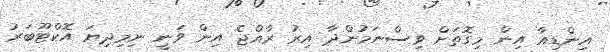
އިންޑިއާ އިން މިގޮތަށް ވިސްނަމުންދާ އިރު ރާއްޖެ އިން ވަނީ ނިމިދިޔަ އޮކްޓޫބަރު